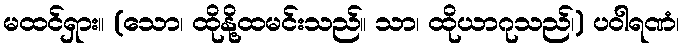
မထင်ရှား။ (သော၊ ထိုနို့ထမင်းသည်။ သာ၊ ထိုယာဂုသည်၊) ပဝါရဏံ၊